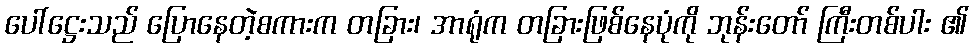
ပေါ်ဋ္ဌေးသည် ပြောနေတဲ့စကားက တခြား၊ အာရုံက တခြားဖြစ်နေပုံကို ဘုန်းတော် ကြီးတစ်ပါး ၏